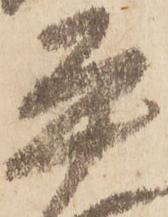
平